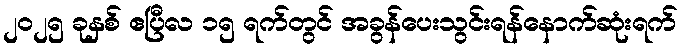
၂၀၂၅ ခုနှစ် ဧပြီလ ၁၅ ရက်တွင် အခွန်ပေးသွင်းရန်နောက်ဆုံးရက်